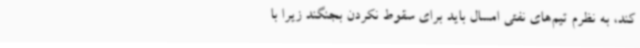
کند، به نظرم تیم‌های نفتی امسال باید برای سقوط نکردن بجنگند زیرا با